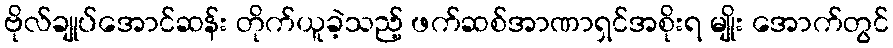
ဗိုလ်ချုပ်အောင်ဆန်း တိုက်ယူခဲ့သည့် ဖက်ဆစ်အာဏာရှင်အစိုးရ မျိုး အောက်တွင်